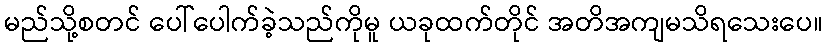
မည်သို့စတင် ပေါ်ပေါက်ခဲ့သည်ကိုမူ ယခုထက်တိုင် အတိအကျမသိရသေးပေ။